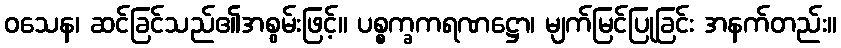
ဝသေန၊ ဆင်ခြင်သည်၏အစွမ်းဖြင့်။ ပစ္စက္ခကရဏဋ္ဌော၊ မျက်မြင်ပြုခြင်း အနက်တည်း။